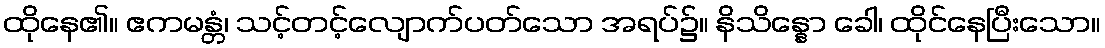
ထိုနေ၏။ ဧကမန္တံ၊ သင့်တင့်လျောက်ပတ်သော အရပ်၌။ နိသိန္နော ခေါ၊ ထိုင်နေပြီးသော။